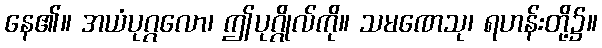
နေ၏။ အယံပုဂ္ဂလော၊ ဤပုဂ္ဂိုလ်ကို။ သမဏေသု၊ ရဟန်းတို့၌။